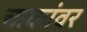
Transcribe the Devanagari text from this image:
चाकांवर